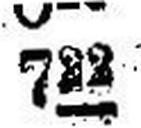
722